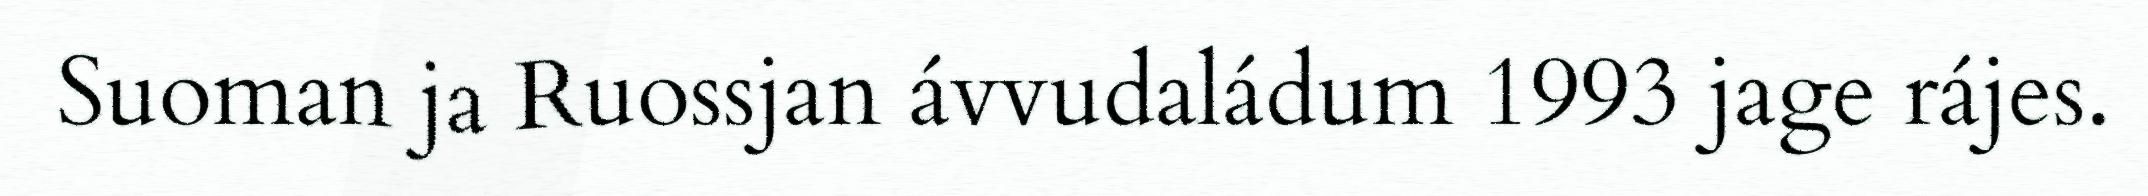
Suoman ja Ruossjan ávvudaládum 1993 jage rájes.